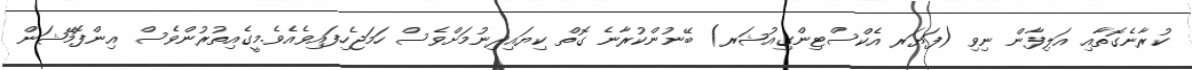
ކުރާނެގޮތާއި އަލިފާން ނިވި (ފަޔަރ އެކްސްޓިންގިއުޝަރ) ބޭނުންކުރާނެ ގޮތް ކިޔައިދިނުމަށްވެސް ހަމަޖެހިފައިވެއެވެ.މީގެއިތުރުންވެސް އިންފޮމޭޝަން